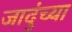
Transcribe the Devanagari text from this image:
जादुंच्या